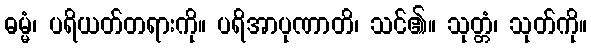
ဓမ္မံ၊ ပရိယတ်တရားကို။ ပရိအာပုဏာတိ၊ သင်၏။ သုတ္တံ၊ သုတ်ကို။